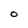
Character: 0